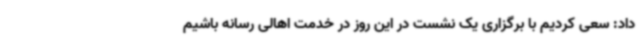
داد: سعی کردیم با برگزاری یک نشست در این روز در خدمت اهالی رسانه باشیم